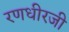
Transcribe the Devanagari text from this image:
रणधीरजी